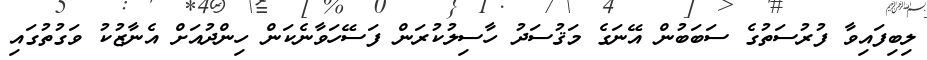
ލިބިފައިވާ ފުރުސަތުގެ ސަބަބުން އޭނަގެ މަޤުސަދު ހާސިލުކުރަން ފަސޭހަވާނެކަން ހިންދުއަށް އެނާޒުކު ވަގުތުގައި